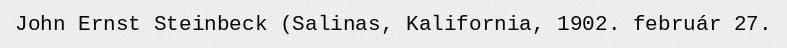
John Ernst Steinbeck (Salinas, Kalifornia, 1902. február 27.